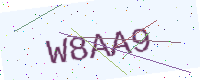
Text: W8AA9